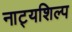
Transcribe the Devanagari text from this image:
नाट्यशिल्प